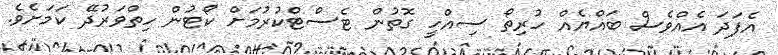
އެފަދަ އެއްވެސް ބައްޔެއް ހުރިތޯ ސިއްހީ ގޮތުން ޓެސްޓްކުރުމަށް ކޯޓުން ހިތްވަރުދޭ ކަމަށެވެ.